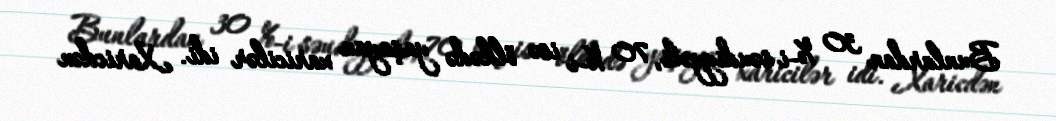
Bunlardan 30 %-i səudiyyəli, 70 %-i isə ölkədə yaşayan xaricilər idi. Xaricdən